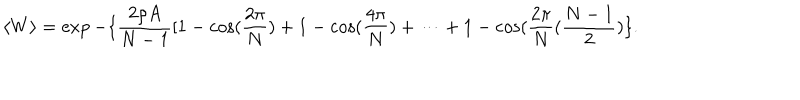
LaTeX: \langle W \rangle = \exp - \{ \frac { 2 \rho A } { N - 1 } [ 1 - \cos ( \frac { 2 \pi } { N } ) + 1 - \cos ( \frac { 4 \pi } { N } ) + \dots + 1 - \cos ( \frac { 2 \pi } { N } ( \frac { N - 1 } { 2 } ) \} .